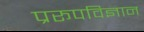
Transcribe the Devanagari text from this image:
प्ररूपविज्ञान